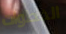
الخطوات